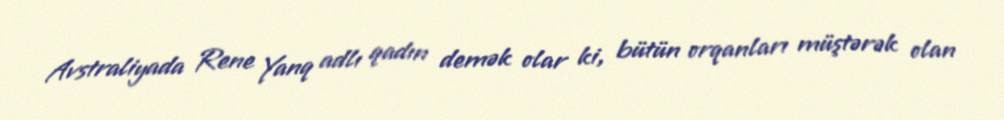
Avstraliyada Rene Yanq adlı qadın demək olar ki, bütün orqanları müştərək olan